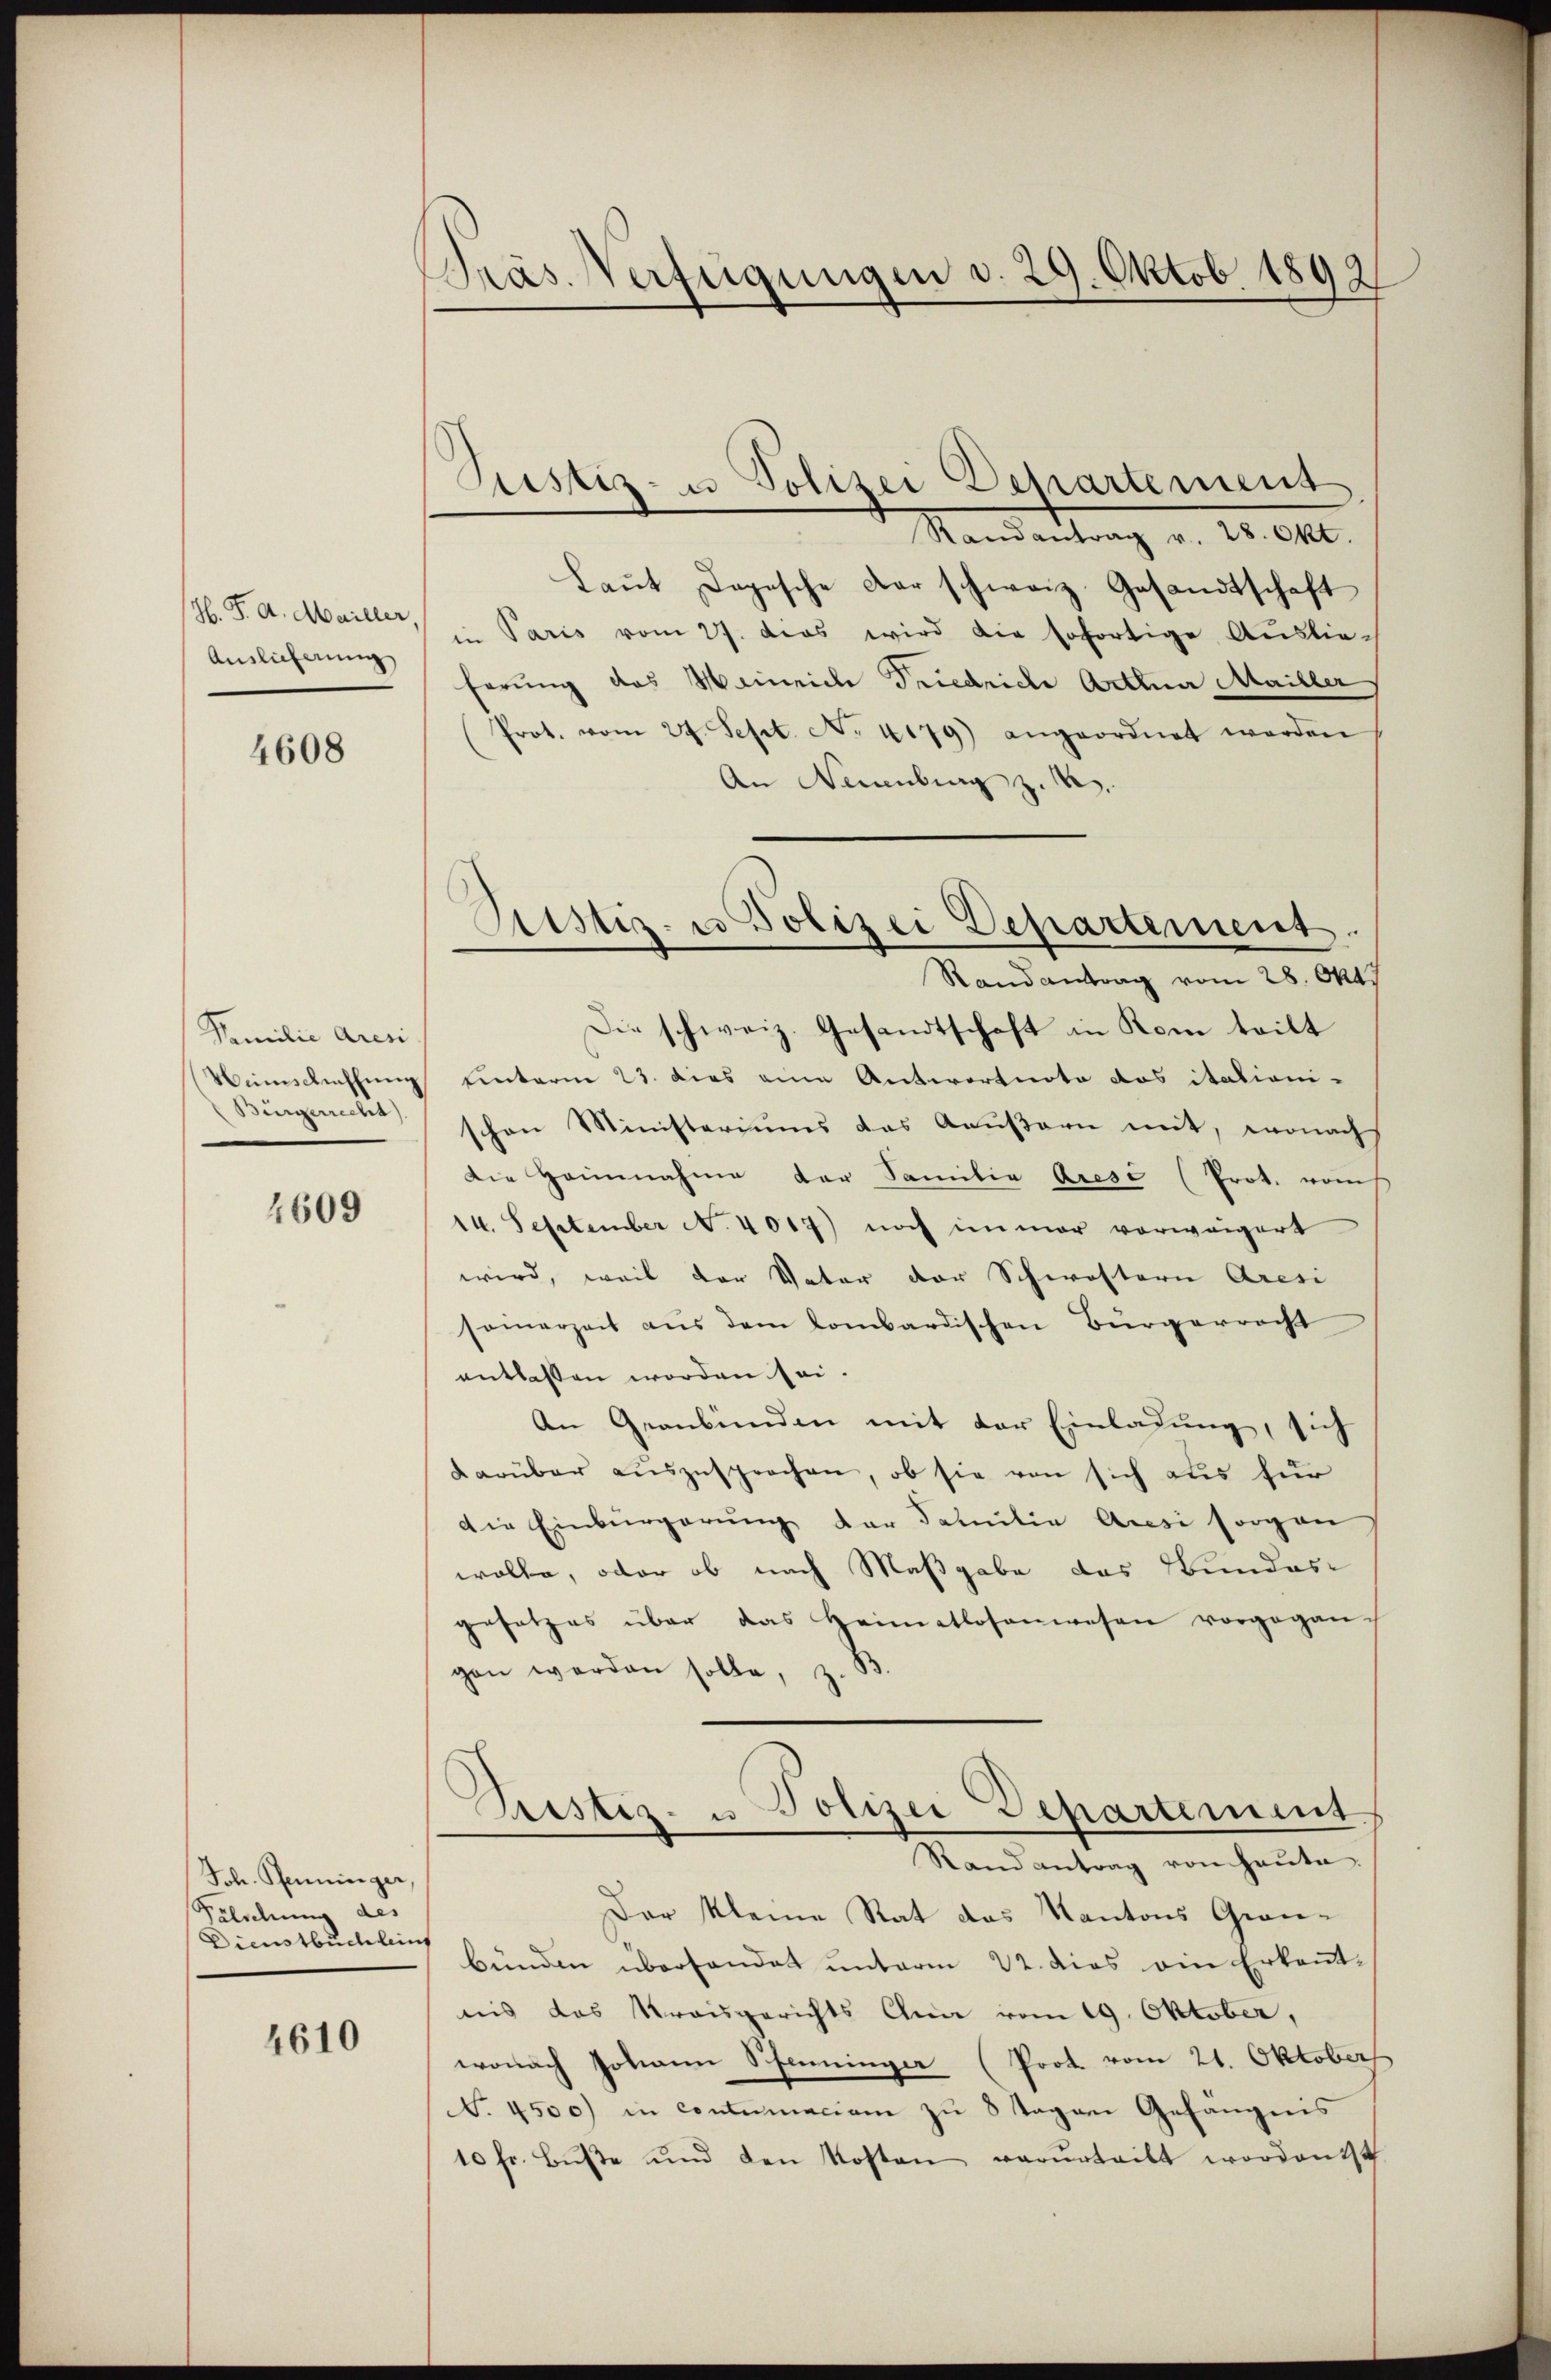
H. F. A. Mailler
Auslieferung

4608

Familie Aresi
Winschaffung
Bürgerrecht).

4609

Fol. Pfenninger,
Felschung des
Dienstbuchleins

4610

Präs. Verfügungen d. 29. Oktob. 1892

Justiz- u Polizei Departement

Randantrag v. 28. Okt.
Laŭt Dogische Dar schweiz. Gesandtschaft
in Paris vom 27. Das wird die sofortige Auslieferung das Hainriche Friedriche Arthner Mailler
Prot. vom 24. Sept. No. 4179) angeordnet werden
An Neuenburg z. B.
Die schweiz. Gesandtschaft in Kom teilt
uinterm 23. dies eine Antwortnoto das itationi-
schon Ministeriums das Aeußern mit, wonach
Die Heinnahme der Familie Aresé (Prot. vom
14. September N. 4017) noch immer vorweigert
wird, weil der Vater der Schwestern Aresi
samerzeit aus dem lombardischen Bürgerrecht
entlassen worden sei.
An Graubünden mit der Einladung, sich
Darüber auszusprochen, ob sie von sich aus für
die Einbürgerung der Familie Aussi sorgen
wolle, oder ob nach Maßgabe das Bundes-
gesetzes über das Heimatlosenwesen vorgegan-
gen werden solle, z. B
Sistiz- u Polizei Departement
Stand antrag von heŭte
Der kleine Rat das Kantons Grau-
bünden überhandet unterm 22. dies ein Erkannt-
nis das Kreisgerichts Ana vom 19. Oktober,
wonach Johann Steininger (Prot vom 21. Oktobers
No. 4500) in contumaciam zu 8 Tagen Gefängnis
10 fr. Bŭβe und den Kosten verurteilt wordent

Justiz- u Polizei Departement.
Randantrag vom 28. Okt.